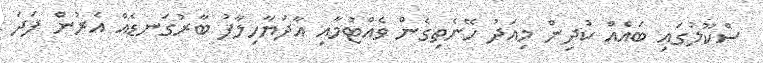
ސްކޫލުގައި ބައެއް ކުދިން މިއަދު ހޭނެތިގެން ވެއްޓުމާއި އާދަޔާހިލާފު ބާރުގަނޑެއް އެރުން ފަދަ